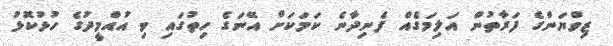
ޒިވްޔަންގެ ފަރާތުން އަލިމަގެއް ފެނިދާނެ ކަމަކަށް އޭނަގެ ހިތުގައި ވި އުއްމީދުގެ ހުޅުކޮޅު